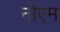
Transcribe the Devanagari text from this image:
नोएम